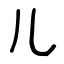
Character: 儿